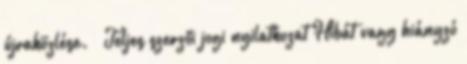
újraközlése. » Teljes szerzői jogi nyilatkozat Hibát vagy hiányzó